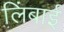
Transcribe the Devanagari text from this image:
लिंबाई